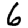
Digit: 6